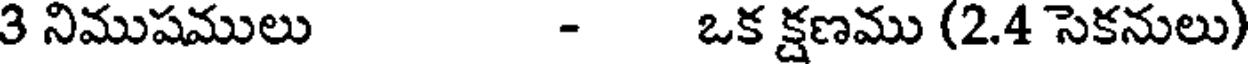
3 నిముషములు - ఒక క్షణము (2.4 సెకనులు)